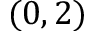
( 0 , 2 )